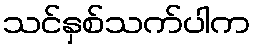
သင်နှစ်သက်ပါက